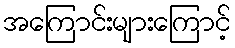
အကြောင်းများကြောင့်